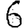
Digit: 6